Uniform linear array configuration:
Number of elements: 48
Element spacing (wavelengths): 0.5
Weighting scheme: cosine
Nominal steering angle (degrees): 0
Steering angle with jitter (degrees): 1.708
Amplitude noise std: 0.05
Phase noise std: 0.05

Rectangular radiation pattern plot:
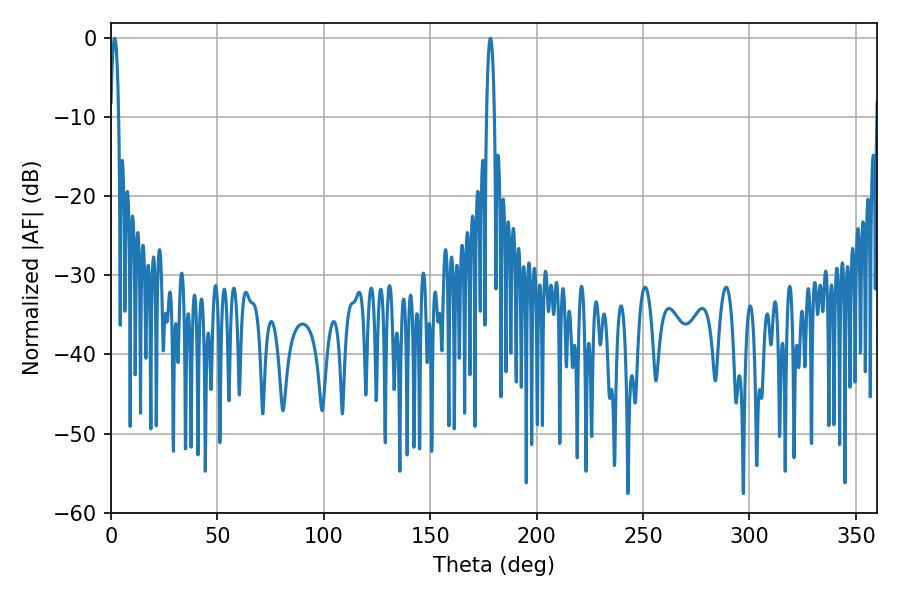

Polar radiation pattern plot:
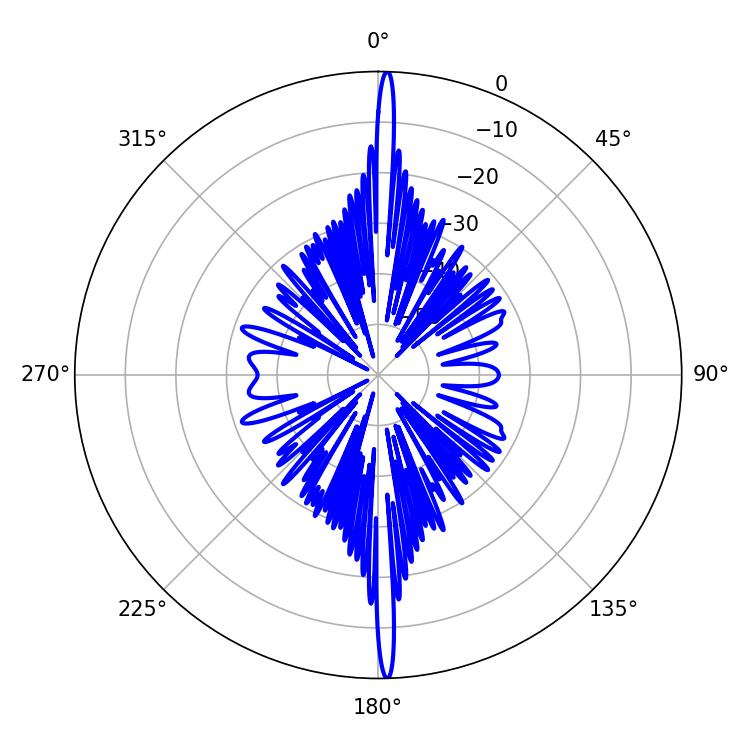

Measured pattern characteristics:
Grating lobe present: FALSE
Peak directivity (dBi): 28.997
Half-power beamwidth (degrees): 1.98
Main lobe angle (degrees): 1.8